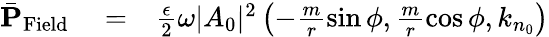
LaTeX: \begin{array}{rlr}{\bar{\mathbf P}_{\mathrm{Field}}}&{{}=}&{\frac{\epsilon}{2}\omega|A_{0}|^{2}\left(-\frac{m}{r}\sin\phi,\frac{m}{r}\cos\phi,k_{n_{0}}\right)}\end{array}